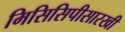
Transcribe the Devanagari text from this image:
मिसिसिपीसारखी